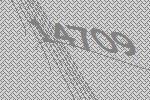
14709